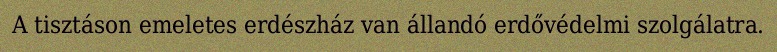
A tisztáson emeletes erdészház van állandó erdővédelmi szolgálatra.